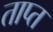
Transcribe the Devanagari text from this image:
ताप्त